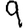
Digit: 9